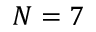
N = 7